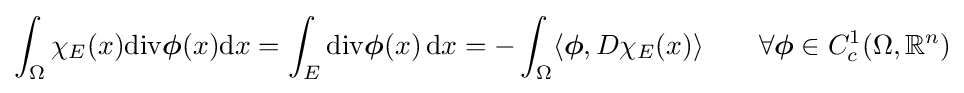
\int _{\Omega }\chi _{E}(x)\mathrm {div} {\boldsymbol {\phi }}(x)\mathrm {d} x=\int _{E}\mathrm {div} {\boldsymbol {\phi }}(x)\,\mathrm {d} x=-\int _{\Omega }\langle {\boldsymbol {\phi }},D\chi _{E}(x)\rangle \qquad \forall {\boldsymbol {\phi }}\in C_{c}^{1}(\Omega ,\mathbb {R} ^{n})